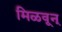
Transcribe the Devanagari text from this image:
मिळवून्